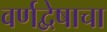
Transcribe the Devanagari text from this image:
वर्णद्वेषाचा